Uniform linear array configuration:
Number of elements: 16
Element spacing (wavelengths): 0.25
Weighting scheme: uniform
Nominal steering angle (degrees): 0
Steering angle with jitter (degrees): -0.1784
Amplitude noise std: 0.05
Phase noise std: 0.05

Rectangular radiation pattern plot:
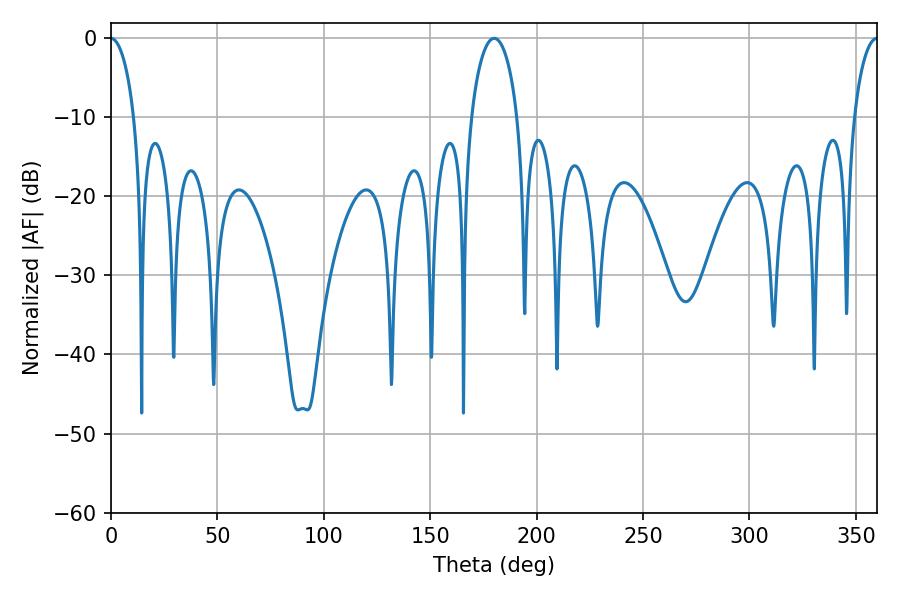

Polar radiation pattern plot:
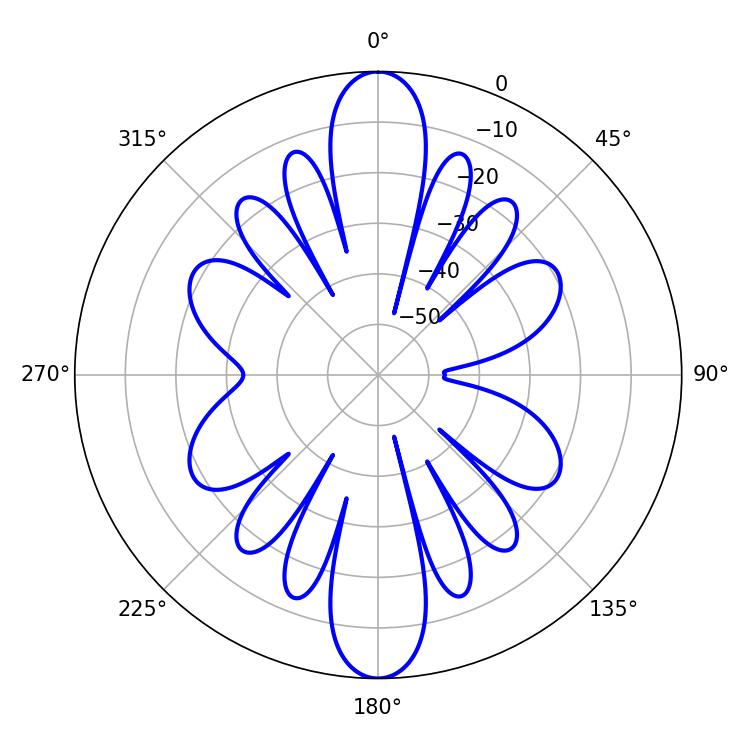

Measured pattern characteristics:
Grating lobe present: FALSE
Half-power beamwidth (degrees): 12.42
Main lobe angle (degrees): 180